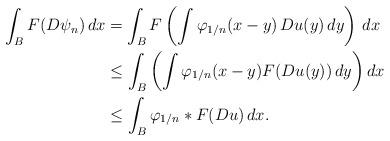
LaTeX: \begin{align*}\int_{B}F(D\psi_n)\, dx&=\int_{B}F\left(\int \varphi_{1/n}(x-y)\, Du(y)\, dy\right)\, dx\\&\le \int_{B}\left(\int \varphi_{1/n}(x-y) F(Du(y))\, dy\right) dx\\&\le \int_{B}\varphi_{1/n}*F(Du)\, dx.\end{align*}